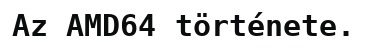
Az AMD64 története.